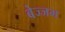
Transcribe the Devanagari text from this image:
बेज्जम